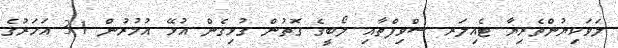
ލަވަކިޔުންތެރިޔާ ޓެއިލަރ ސްވިފްތާއި ލޯބީގެ ގޮތުން ގުޅިގެން އުޅޭ އުމުރުން 31 އަހަރުގެ